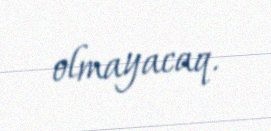
olmayacaq.